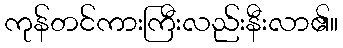
ကုန်တင်ကားကြီးလည်းနီးလာ၏။